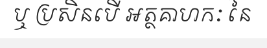
ឬ ប្រសិនបើ អត្ថគាហកៈ នៃ